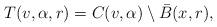
LaTeX: \begin{align*}T(v,\alpha,r)=C(v,\alpha)\setminus\bar B(x,r),\end{align*}